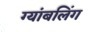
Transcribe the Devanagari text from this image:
ग्यांबलिंग